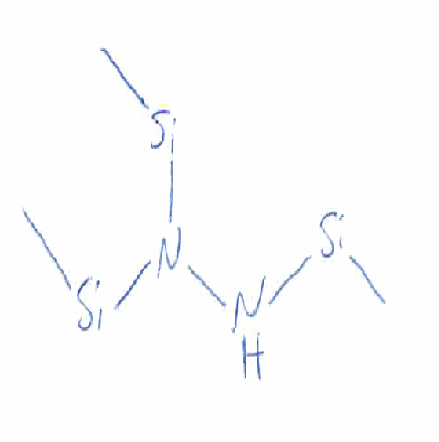
Simplified molecular-input line-entry system (SMILES) notation of the given molecule:
C[Si]NN([Si]C)[Si]C